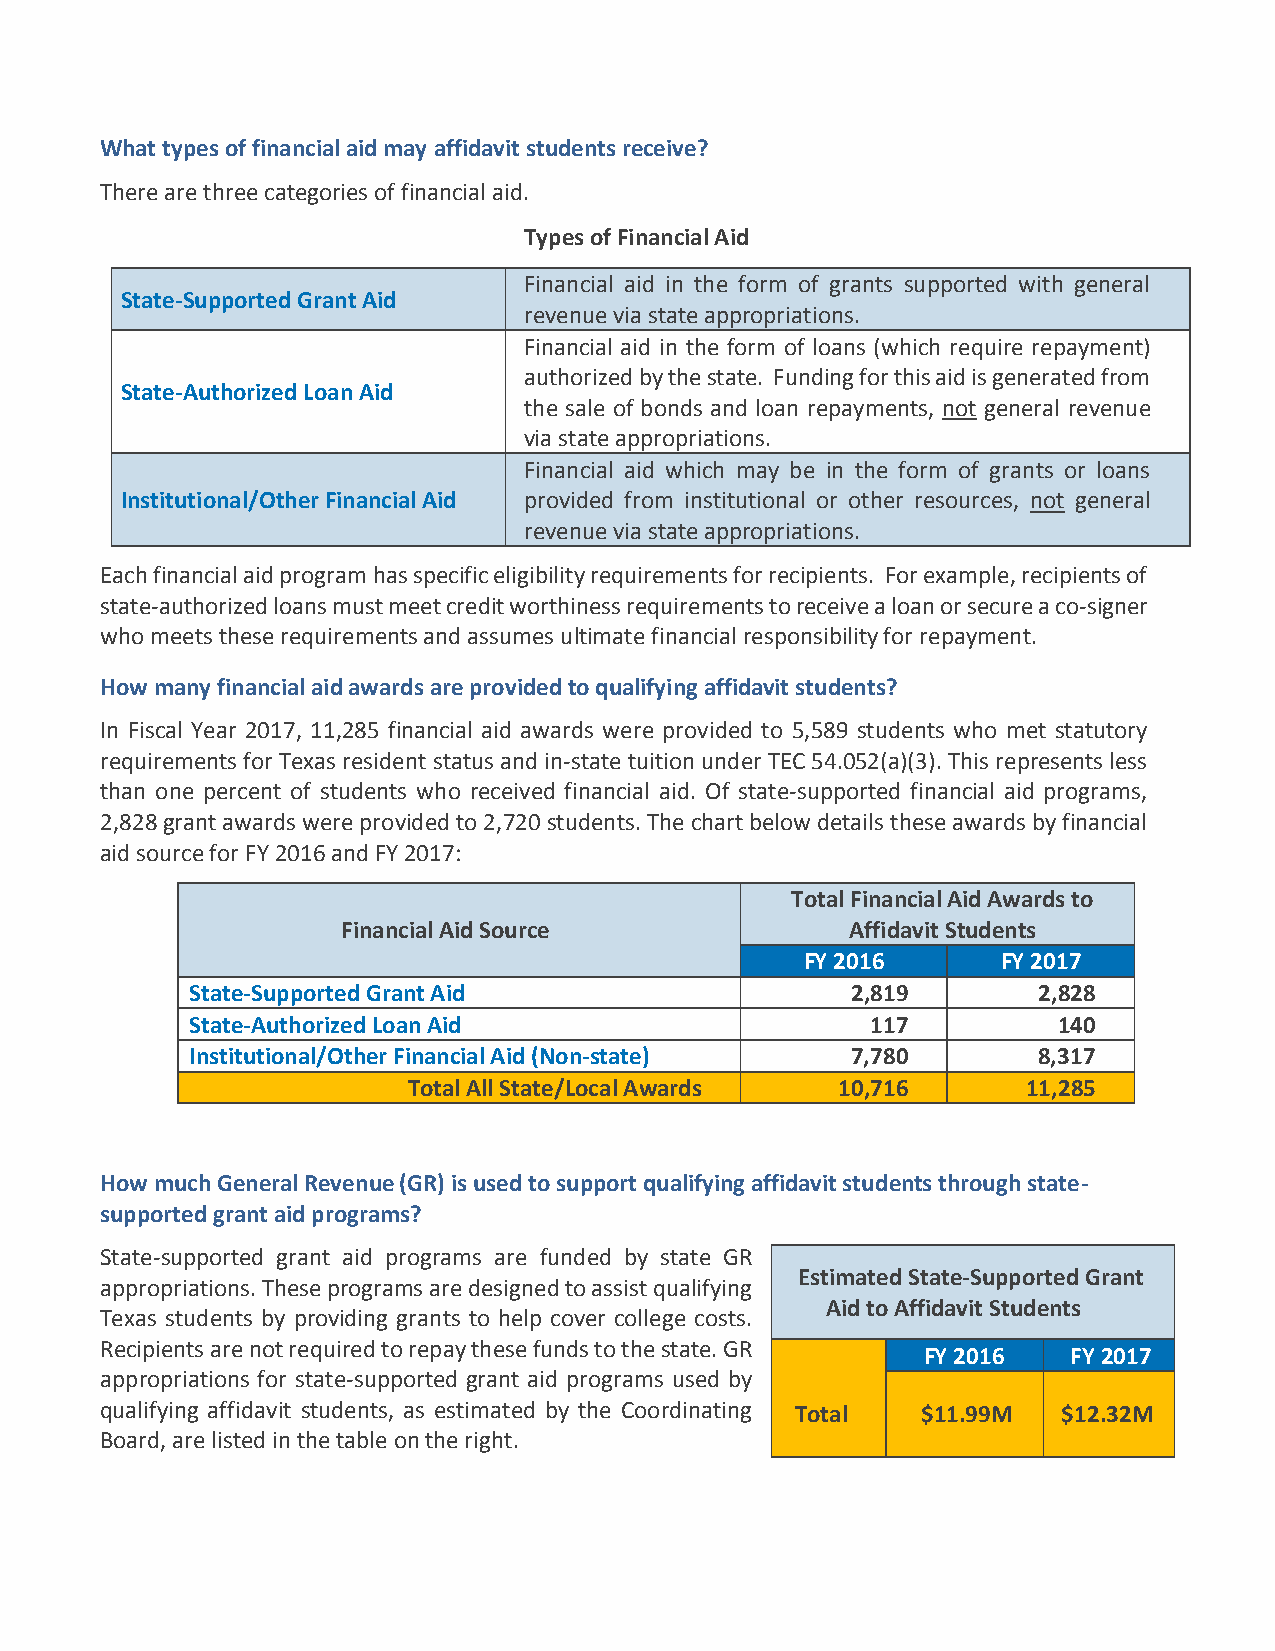
What types of financial aid may affidavit students receive?
 There are three categories of financial aid.
 Types of Financial Aid
 Financial aid in the form of grants supported with general
 State-Supported Grant Aid
 revenue via state appropriations.
 Financial aid in the form of loans (which require repayment)
 authorized by the state. Funding for this aid is generated from
 State-Authorized Loan Aid
 the sale of bonds and loan repayments, not general revenue
 via state appropriations.
 Financial aid which may be in the form of grants or loans
 Institutional/Other Financial Aid provided from institutional or other resources, not general
 revenue via state appropriations.
 Each financial aid program has specific eligibility requirements for recipients. For example, recipients of
 state-authorized loans must meet credit worthiness requirements to receive a loan or secure a co-signer
 who meets these requirements and assumes ultimate financial responsibility for repayment.
 How many financial aid awards are provided to qualifying affidavit students?
 In Fiscal Year 2017, 11,285 financial aid awards were provided to 5,589 students who met statutory
 requirements for Texas resident status and in-state tuition under TEC 54.052(a)(3). This represents less
 than one percent of students who received financial aid. Of state-supported financial aid programs,
 2,828 grant awards were provided to 2,720 students. The chart below details these awards by financial
 aid source for FY 2016 and FY 2017:
 Total Financial Aid Awards to
 Financial Aid Source             Affidavit Students
 FY 2016      FY 2017
 State-Supported Grant Aid                  2,819        2,828
 State-Authorized Loan Aid                    117         140
 Institutional/Other Financial Aid (Non-state) 7,780     8,317
 Total All State/Local Awards 10,716      11,285
 How much General Revenue (GR) is used to support qualifying affidavit students through state-
 supported grant aid programs?
 State-supported grant aid programs are funded by state GR
 Estimated State-Supported Grant
 appropriations. These programs are designed to assist qualifying
 Aid to Affidavit Students
 Texas students by providing grants to help cover college costs.
 Recipients are not required to repay these funds to the state. GR
 FY 2016   FY 2017
 appropriations for state-supported grant aid programs used by
 qualifying affidavit students, as estimated by the Coordinating Total $11.99M $12.32M
 Board, are listed in the table on the right.